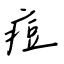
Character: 痘